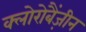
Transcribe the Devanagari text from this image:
क्लोरोबैंज़ीन